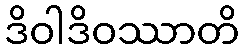
ဒိဝါဒိဝဿာတိ